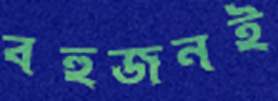
বহুজনই